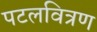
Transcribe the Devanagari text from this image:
पटलवित्रण